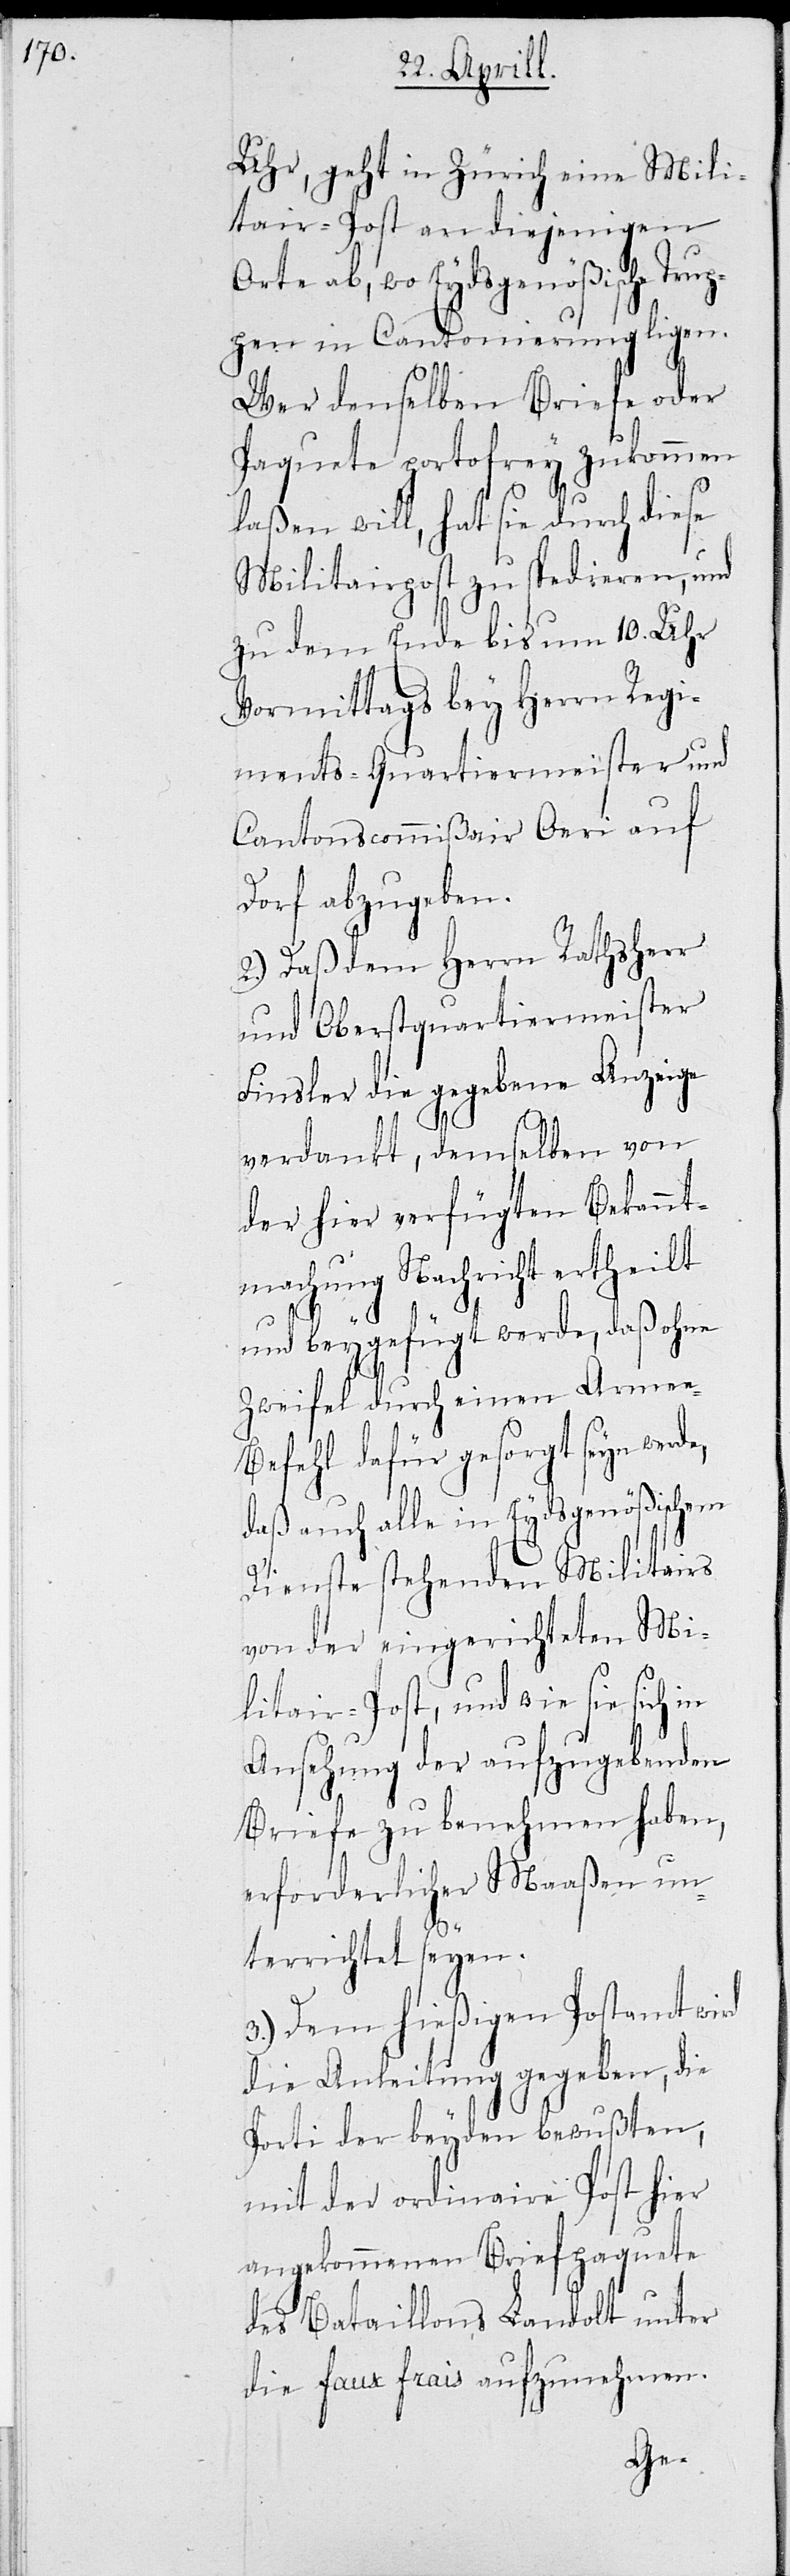
Uhr, geht in Zürich eine Mili¬
tair-Post an diejenigen
Orte ab, wo Eydsgenößische Trup¬
pen in Cantonierung ligen.
Wer denselben Briefe oder
Paquete portofrey zukommen
laßen will, hat sie durch diese
Militairpost zu spedieren, und
zu dem Ende bis um 10 Uhr
Vormittags bey Herrn Regi¬
ments-Quartiersmeister und
Cantonscommißair Oeri auf
Dorf abzugeben.
2.) Daß dem Herrn Rathsherr
und Oberstquartiermeister
Finsler die gegebene Anzeige
verdankt, demselben von
der hier verfügten Bekannt¬
machung Nachricht ertheilt
und beygefügt werde, daß ohne
Zweifel durch einen Armee-B¬
efehl dafür gesorgt seyn werde,
daß auch alle in Eydsgenößischem
Dienste stehenden Militairs
von der eingerichteten Mi¬
litair-Post, und wie sie sich in
Ansehung der aufzugebenden
Briefe zu benehmen haben,
erforderlicher Maaßen un¬
terrichtet seyen.
3.) Dem hießigen Postamt wird
die Anleitung gegeben, die
Porti der beyden bewußten,
mit der ordinaire Post hier
angekommenen Briefpaquete
des Bataillons Landolt unter
die faux frais aufzunehmen.